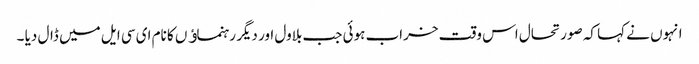
انہوں نے کہا کہ صورتحال اس وقت خراب ہوئی جب بلاول اور دیگر رہنماﺅں کا نام ای سی ایل میں ڈال دیا ۔